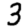
Digit: 3